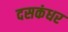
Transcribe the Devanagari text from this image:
दसकंधर